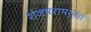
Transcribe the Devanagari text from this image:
शेजघरापर्यंत